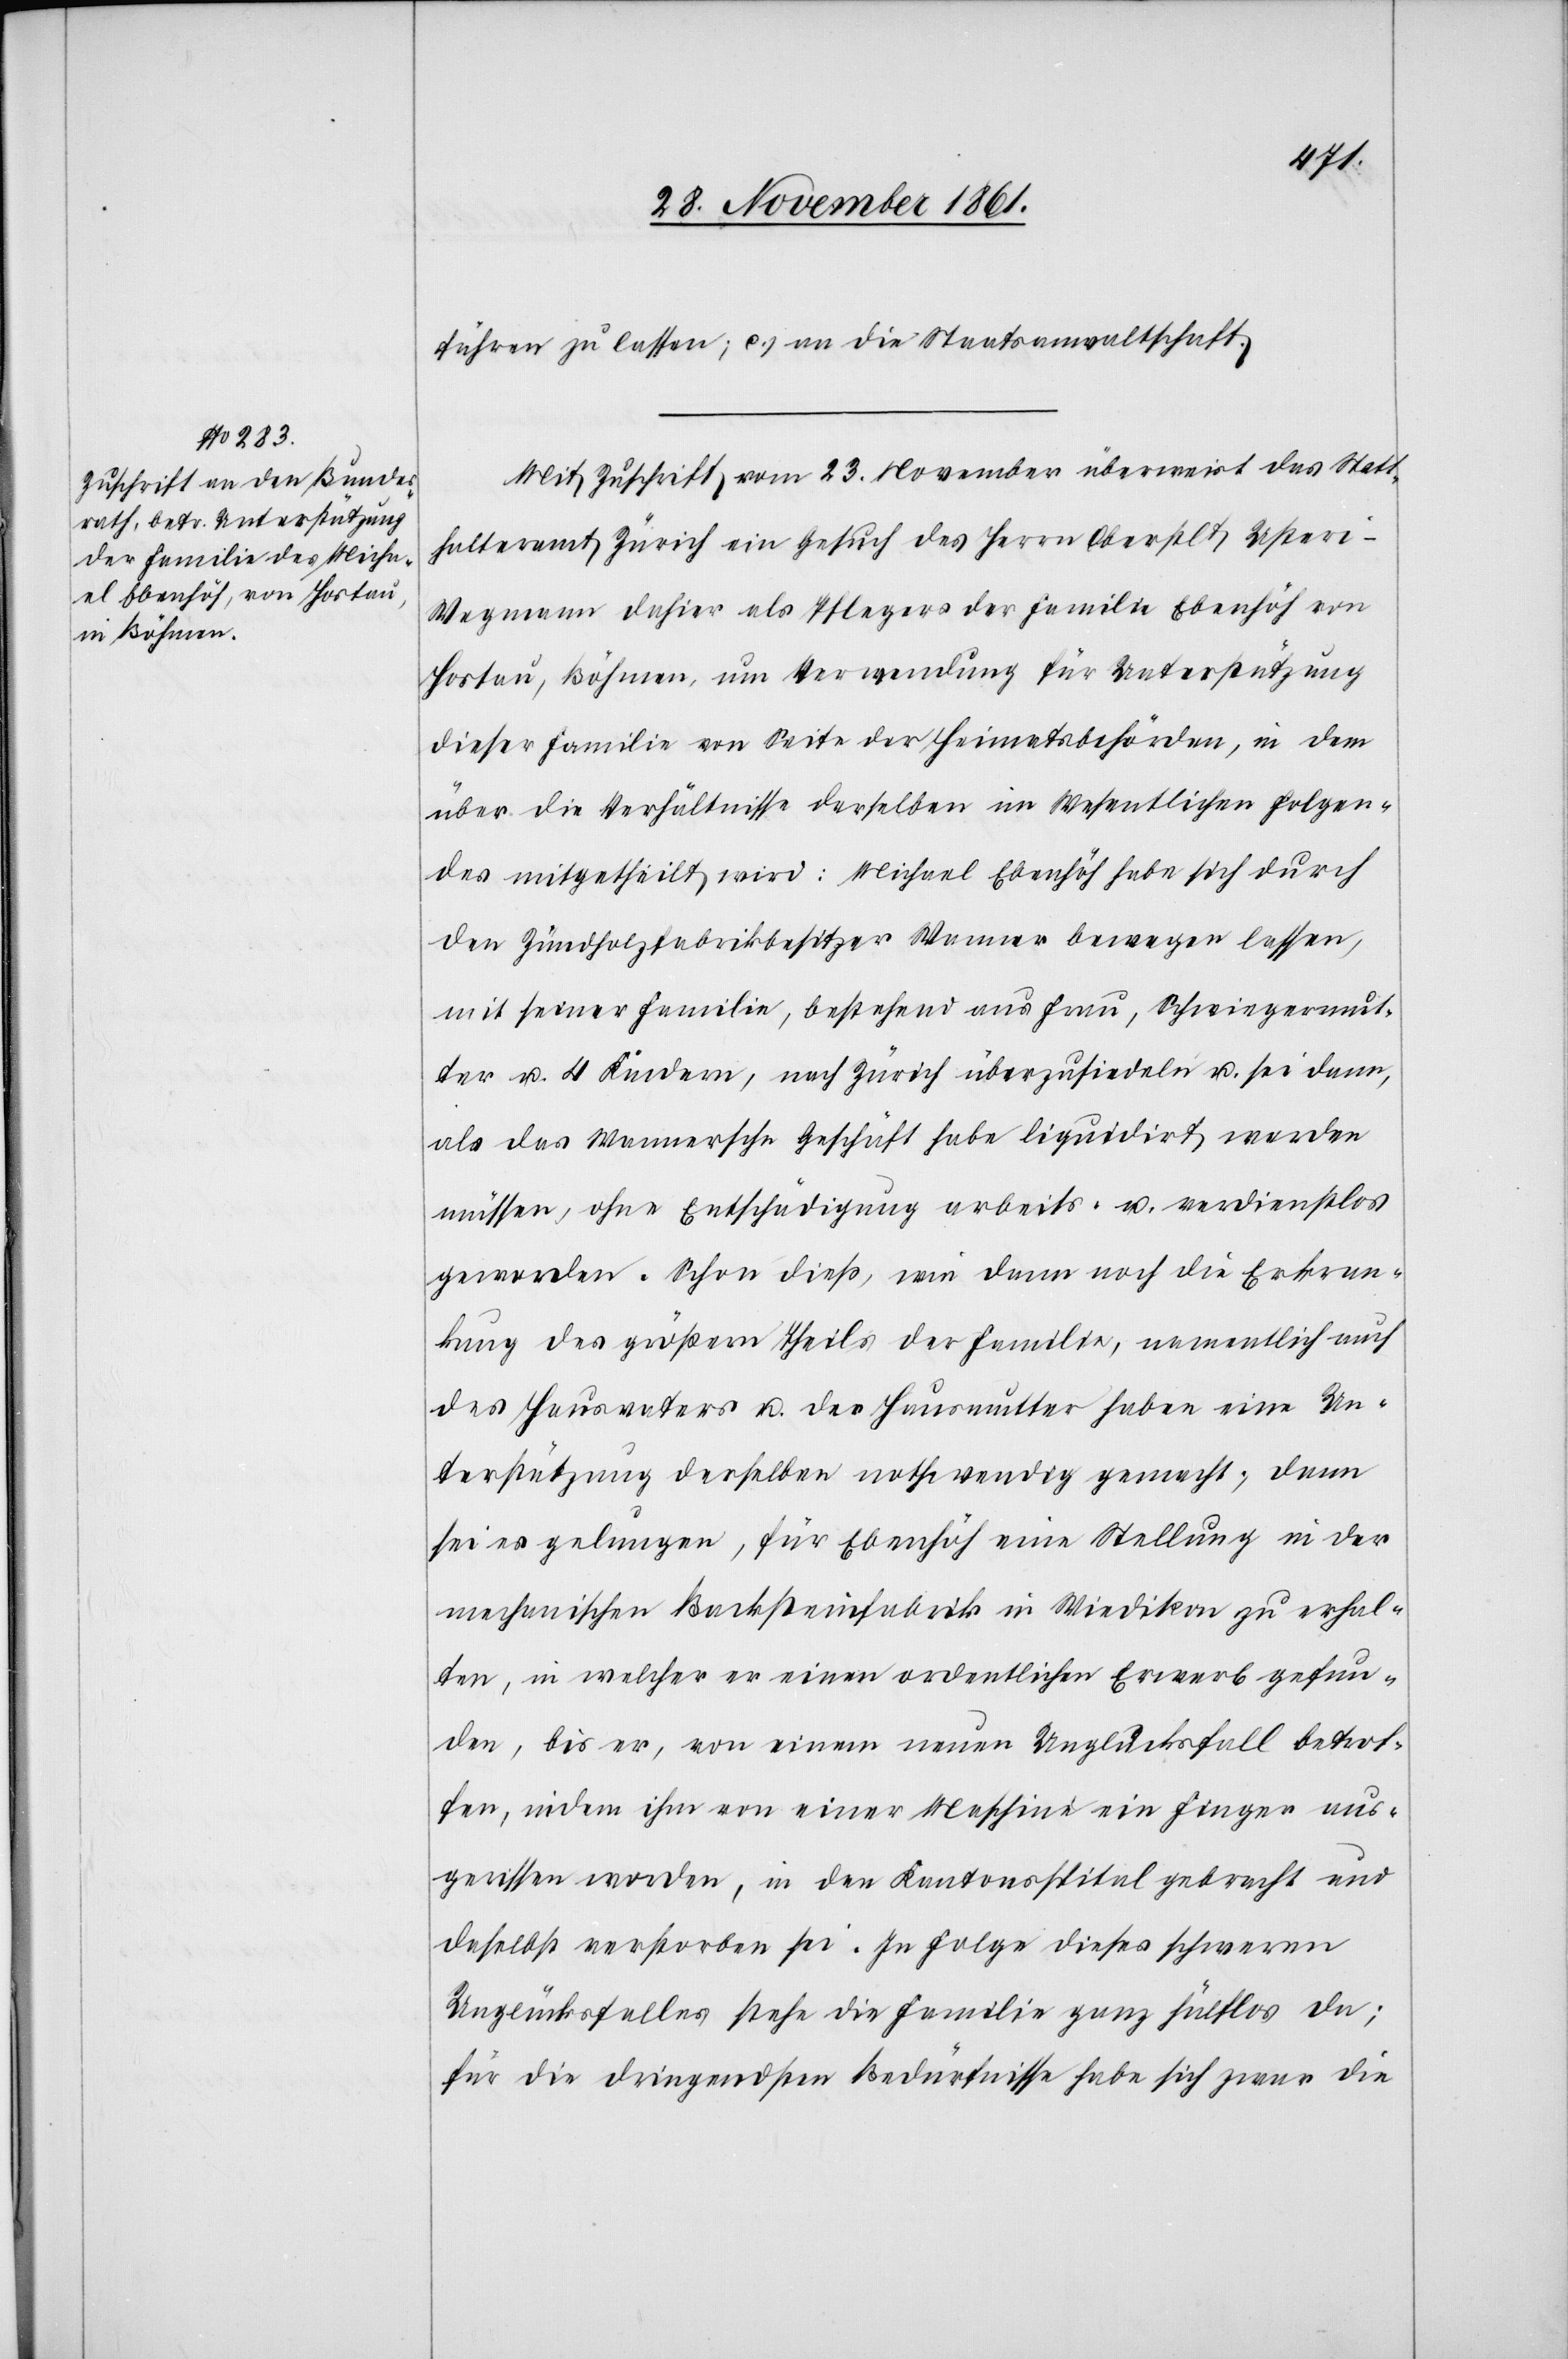
führen zu lassen, c.) an die Staatsanwaltschaft.
Mit Zuschrift vom 23 November überweist das Statt¬
halteramt Zürich ein Gesuch des Herrn Oberstlt. Uster¬
i-Wegmann dahier als Pflegers der Familie Ebenhöh von
Hostau, Böhmen, um Verwendung für Unterstützung
dieser Familie von Seite der Heimatsbehörden, in dem
über die Verhältnisse derselben im Wesentlichen Folgen¬
des mitgetheilt wird: Michael Ebenhöh habe sich durch
den Zündholzfabrikbesitzer Wanner bewegen lassen,
mit seiner Familie, bestehend aus Frau, Schwiegermut¬
ter u. 4 Kindern, nach Zürich überzusiedeln u. sei dann,
als das Wannersche Geschäft habe liquidirt werden
müssen, ohne Entschädigung arbeits- u. verdienstlos
geworden. Schon dieß, wie dann noch die Erkran¬
kung des größern Theils der Familie, namentlich auch
des Hausvaters u. der Hausmutter haben eine Un¬
terstützung derselben nothwendig gemacht; dann
sei es gelungen, für Ebenhöh eine Stellung in der
mechanischen Backsteinfabrik in Wiedikon zu erhal¬
ten, in welcher er einen ordentlichen Erwerb gefun¬
den, bis er, von einem neuen Unglücksfall betrof¬
fen, indem ihm von einer Maschine ein Finger aus¬
gerissen worden, in den Kantonsspital gebracht und
daselbst verstorben sei. In Folge dieses schweren
Unglücksfalls stehe die Familie ganz hülflos da;
für die dringendsten Bedürfnisse habe sich zwar die